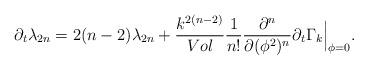
LaTeX: \begin{align*}\partial_t \lambda_{2n}=2(n-2)\lambda_{2n}+{k^{2(n-2)}\over Vol}{1\over n!}{\partial^n\over\partial (\phi^2)^n}\partial_t \Gamma_k \Big|_{\phi=0}.\end{align*}